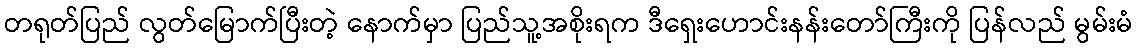
တရုတ်ပြည် လွတ်မြောက်ပြီးတဲ့ နောက်မှာ ပြည်သူ့အစိုးရက ဒီရှေးဟောင်းနန်းတော်ကြီးကို ပြန်လည် မွမ်းမံ